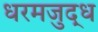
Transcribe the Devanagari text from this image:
धरमजुद्ध